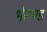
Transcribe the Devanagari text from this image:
भेरुण्ड